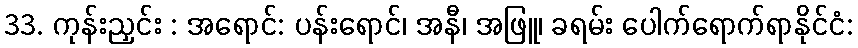
33. ကုန်းညှင်း : အရောင်: ပန်းရောင်၊ အနီ၊ အဖြူ၊ ခရမ်း ပေါက်ရောက်ရာနိုင်ငံ: